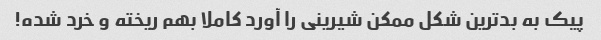
پیک به بدترین شکل ممکن شیرینی را آورد کاملا بهم ریخته و خرد شده!